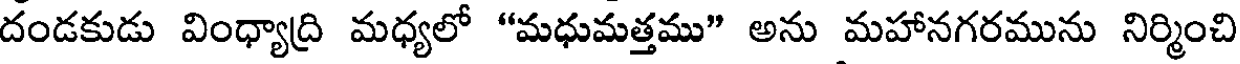
దండకుడు వింధ్యాద్రి మధ్యలో "మధుమత్తము" అను మహానగరమును నిర్మించి